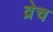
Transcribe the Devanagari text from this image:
व्रेच